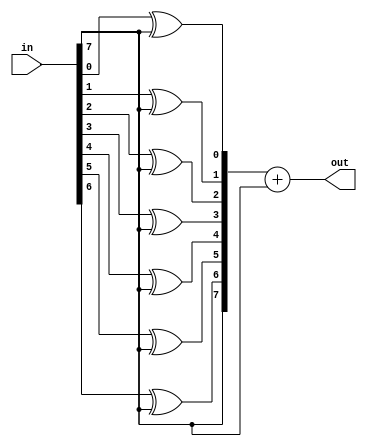
module ChangeType (in, out);
	parameter N = 8;
	input [N-1 : 0]in;
	output [N - 1 : 0]out;
	wire [N - 1 : 0]tmp;

	genvar i;
	generate
		for (i = 0; i < N - 1; i = i + 1)
		begin
			assign tmp[i] = in[i] ^ in[N - 1];
		end
	endgenerate

	assign tmp[N - 1] = in[N - 1];
	assign out = tmp + in[N - 1];
endmodule

module SignAdder(a, b, out);
	parameter N = 21;
	input [N - 1 : 0]a;
	input [N - 1 : 0]b;
	output [N - 1 : 0]out;

	wire [N - 1 : 0]a_2;
	wire [N - 1 : 0]b_2;
	wire [N - 1 : 0]ans;

	ChangeType #(N) change_1 (a, a_2);
	ChangeType #(N) change_2 (b, b_2);

	assign ans = a_2 + b_2;
	ChangeType #(N) change_3 (ans, out);
endmodule

module SignMult(a, b, out);
	parameter N = 8;
	input [N - 1 : 0]a;
	input [N - 1 : 0]b;
	output [2 * N - 1 : 0] out;
	assign out = {a[N - 1] ^ b[N - 1], a[N - 2 : 0] * b[N - 2 : 0]};
endmodule

module Register(clk, rst, ld, d_in, d_out);
	parameter N = 21;

	input clk;
	input rst;
	input ld;
	input [N - 1 : 0]d_in;
	output reg [N - 1 : 0]d_out;

	always @(posedge clk)
	begin
		if (rst)
			d_out <= 0;
		else if (ld)
			d_out <= d_in;
	end
endmodule

module Saturation(in, out);
	input [11 : 0]in;
	output [7 : 0]out;
	assign out = |(in[10 : 7]) ? {in[11],7'b1111111} : {in[11],in[6 : 0]};
endmodule

module ActivationFucntion(in, out);
	parameter N = 8;
	input [N - 1 : 0]in;
	output [N - 1 : 0]out;
	genvar i;
	generate
		for (i = 0; i < N; i = i + 1)
			assign out[i] = in[i] & (~in[N - 1]);
	endgenerate
endmodule